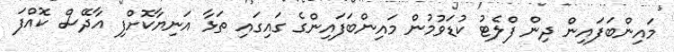
މައިންބަފައިން ދިން ފްލެޓު ކުޑަވުމުން މައިންބަފައިންގެ ގައިގައި ތަޅާ އަނިޔާކޮށްފި އާދޭސް ކޮއްފަ